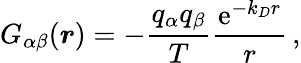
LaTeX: G_{\alpha\beta}(\boldsymbol{r})=-\frac{q_{\alpha}q_{\beta}}{T}\frac{\mathrm{e}^{-k_{D}r}}{r}\, ,